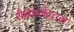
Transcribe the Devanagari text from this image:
सैक्रामेन्टम